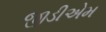
જીડીએમ